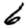
Digit: 6